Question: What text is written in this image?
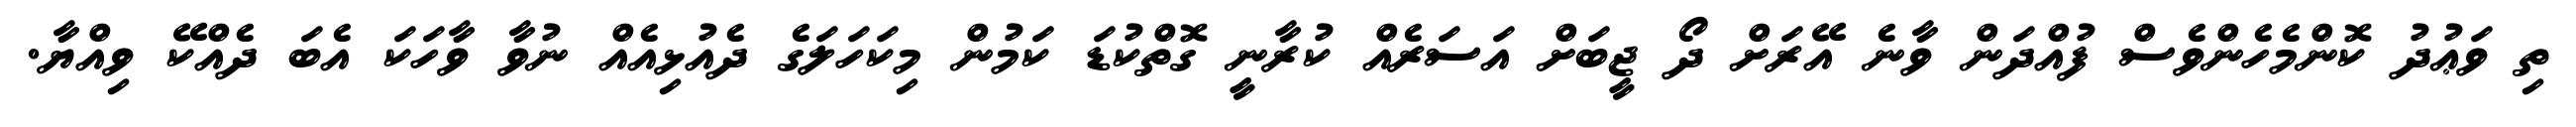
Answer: ތި ވަޢުދު ކޮންމެހެންވެސް ފުއްދަން ވާނެ އޭރަށް ދޯ ޖީބަށް އަސަރެއް ކުރާނީ ގޮތްކުޑަ ކަމުން މިކަހަލަގެ ދެއުޅިއެއް ނުވާ ވާހަކަ އެބަ ދެއްކޭ ވިއްޔާ.